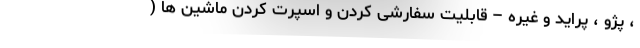
، پژو ، پراید و غیره – قابلیت سفارشی کردن و اسپرت کردن ماشین ها (